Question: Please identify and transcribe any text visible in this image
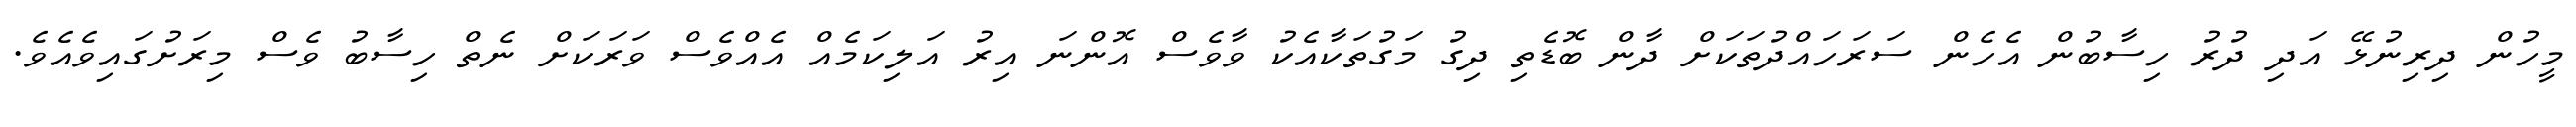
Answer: މީހުން ދިރިނުޅޭ އަދި ދުރު ހިސާބުން އެހެން ސަރަހައްދުތަކަށް ދާން ބޮޑެތި ދިގު މަގުތަކާއެކު ވާވެސް އޮންނަ އިރު އަލިކަމެއް އެއްވެސް ވަރަކަށް ނެތް ހިސާބު ވެސް މިރަށުގައިވެއެވެ.